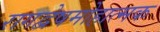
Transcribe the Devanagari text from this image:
रागद्वेषमोहात्मक